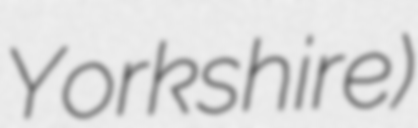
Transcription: Yorkshire)